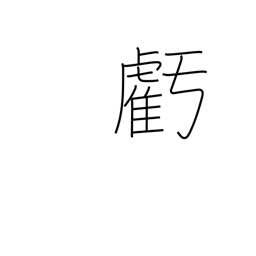
Meaning: wane (moon)